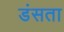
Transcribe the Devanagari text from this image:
डंसता